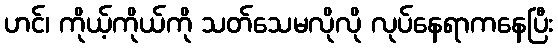
ဟင်၊ ကိုယ့်ကိုယ်ကို သတ်သေမလိုလို လုပ်နေရာကနေပြီး